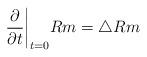
LaTeX: \begin{align*}\frac{\partial}{\partial t}\bigg|_{t=0}Rm=\triangle Rm\end{align*}